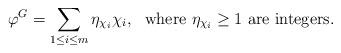
LaTeX: \begin{align*}\varphi^{G}=\sum_{1\leq i\leq m}\eta_{\chi_{i}}\chi_{i},~{\rm~where}~\eta_{\chi_{i}}\geq 1~{\rm are~integers}.\end{align*}